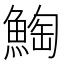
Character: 𲌸